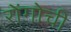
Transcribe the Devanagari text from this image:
रोंगोची